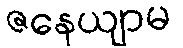
ဇနေယျာမ